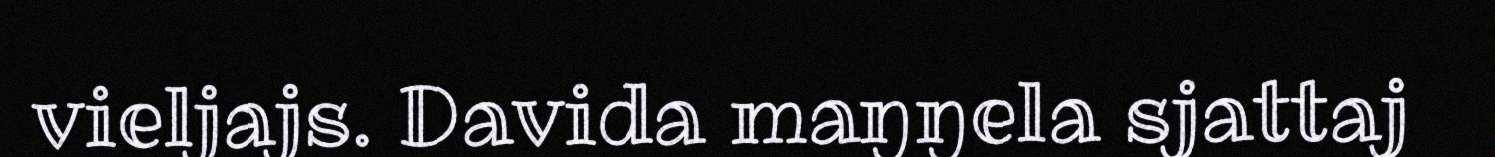
vieljajs. Davida maŋŋela sjattaj